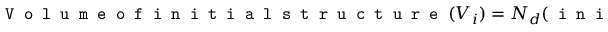
\texttt { V o l u m e o f i n i t i a l s t r u c t u r e } ( V _ { i } ) = N _ { d } ( \texttt { i n i t i a l } ) \times d ^ { 3 }